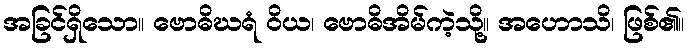
အခြင်ရှိသော။ ဗောဓိဃရံ ဝိယ၊ ဗောဓိအိမ်ကဲ့သို့။ အဟောသိ၊ ဖြစ်၏။